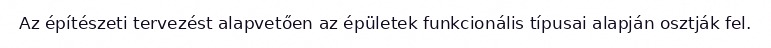
Az építészeti tervezést alapvetően az épületek funkcionális típusai alapján osztják fel.